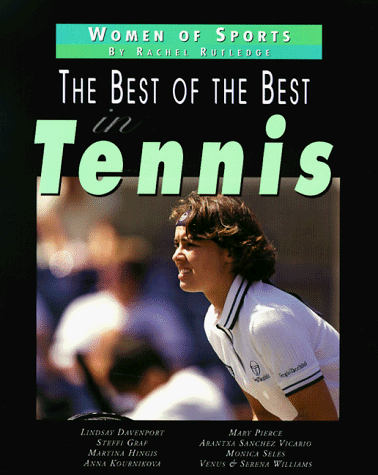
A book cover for Best Of The Best In Tennis (Women of Sports); Rachel Rutledge; Children's Books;